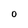
Character: O